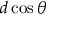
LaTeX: d \cos \theta